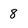
Character: 8